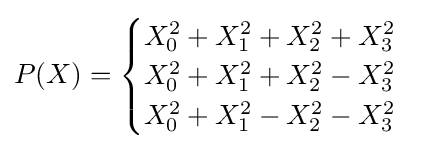
P(X)={\begin{cases}X_{0}^{2}+X_{1}^{2}+X_{2}^{2}+X_{3}^{2}\\X_{0}^{2}+X_{1}^{2}+X_{2}^{2}-X_{3}^{2}\\X_{0}^{2}+X_{1}^{2}-X_{2}^{2}-X_{3}^{2}\end{cases}}